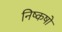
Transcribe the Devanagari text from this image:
निष्कषों